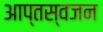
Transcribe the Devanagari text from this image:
आप्तस्वजन